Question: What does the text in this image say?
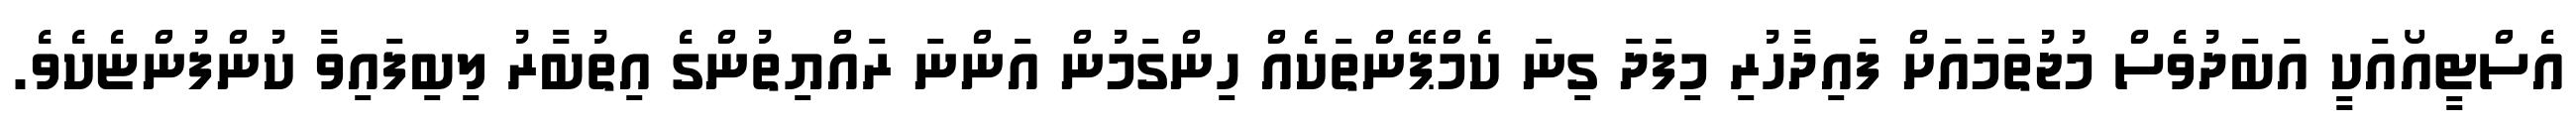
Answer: އެސްޓީއޯއަކީ އަބަދުވެސް މުޖުތަމައަށް ފައިދާހުރި މިފަދަ ގިނަ ކެމްޕޭންތަކެއް ހިންގަމުން އަންނަ ރައްޔިތުންގެ އިތުބާރު ލިބިފައިވާ ކުންފުންޏެކެވެ.